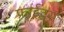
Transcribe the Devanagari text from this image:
फ्राईट्स